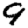
Digit: 9